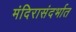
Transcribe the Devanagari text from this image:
मंदिरासंदर्भात